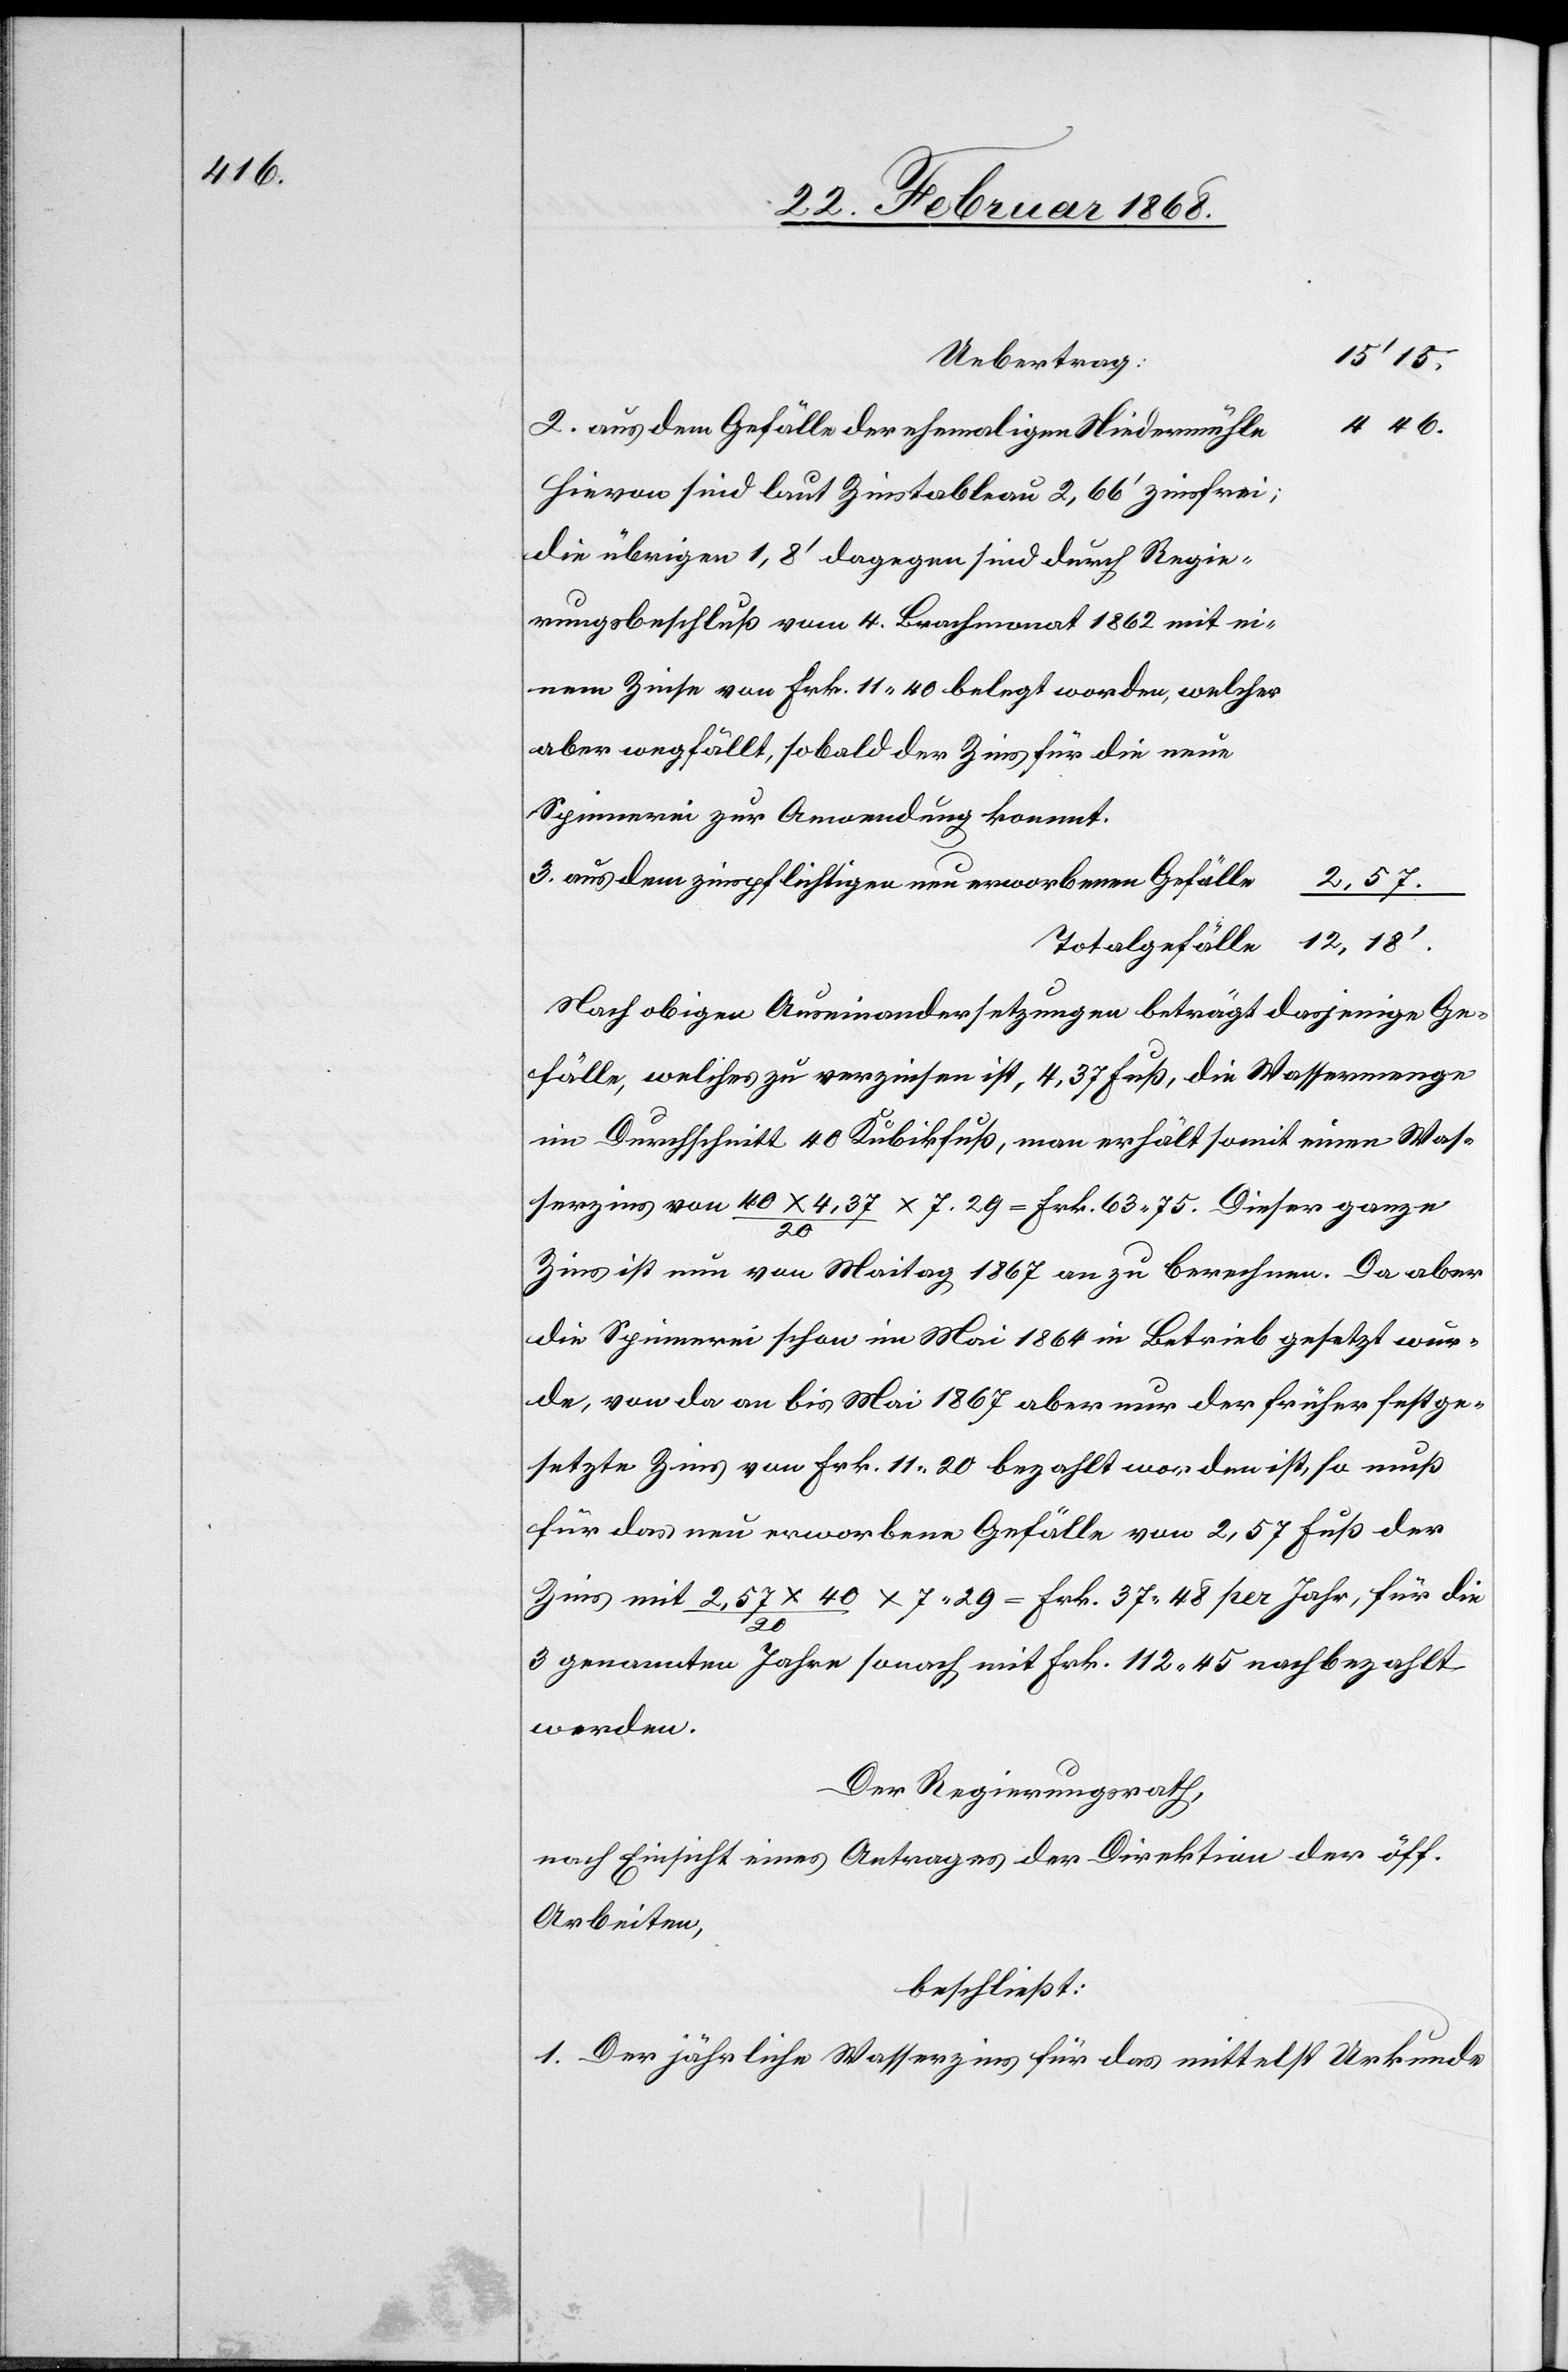
12,18‘.
4 46.
2. aus dem Gefälle der ehemaligen Niedermühle
Hievon sind laut Zinstableau 2,66‘ zinsfrei;
die übrigen 1,8‘ dagegen sind durch Regie¬
rungsbeschluß vom 4. Brachmonat 1862 mit ei¬
nem Zinse von Frk. 11. 40 belegt worden, welcher
aber wegfällt, sobald der Zins für die neue
Spinnerei zur Anwendung kommt.
3. aus dem zinspflichtigen neu erworbenen Gefälle
2,57.
Totalgefälle
Nach obigen Auseinandersetzungen beträgt dasjenige Ge¬
fälle, welches zu verzinsen ist, 4,37 Fuß, die Wassermenge
im Durchschnitt 40 Kubikfuß, man erhält somit einen Was¬
serzins von 40 x 4,37 / 20 x 7.29 = Frk. 63. 75. Dieser ganze
Zins ist nun von Maitag 1867 an zu berechnen. Da aber
die Spinnerei schon im Mai 1864 in Betrieb gesetzt wur¬
de, von da an bis Mai 1867 aber nur der früher festge¬
setzte Zins von Frk. 11. 20 bezahlt worden ist, so muß
für das neu erworbene Gefälle von 2,57 Fuß der
Zins mit 2,57 x 40 / 20 x 7.29 = Frk. 37. 48 per Jahr, für die
3 genannten Jahre sonach mit Frk. 112. 45 nachbezahlt
werden.
Der Regierungsrath,
nach Einsicht eines Antrages der Direktion der öff.
Arbeiten,
beschließt:
1. Der jährliche Wasserzins für das mittelst Urkunde